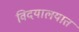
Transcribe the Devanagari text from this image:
विदयालयात